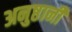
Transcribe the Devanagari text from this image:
अनुष्ठानी